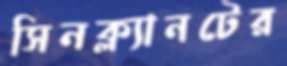
সিনক্ল্যানটের